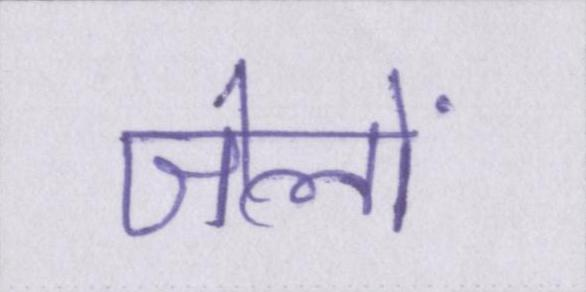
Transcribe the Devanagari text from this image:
जेलों